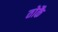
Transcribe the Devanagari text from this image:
तोकै